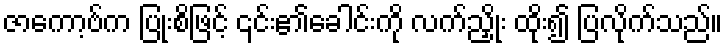
ဇာကော့ဗ်က ပြုံးစိဖြင့် ၎င်း၏ခေါင်းကို လက်ညှိုး ထိုး၍ ပြလိုက်သည်။